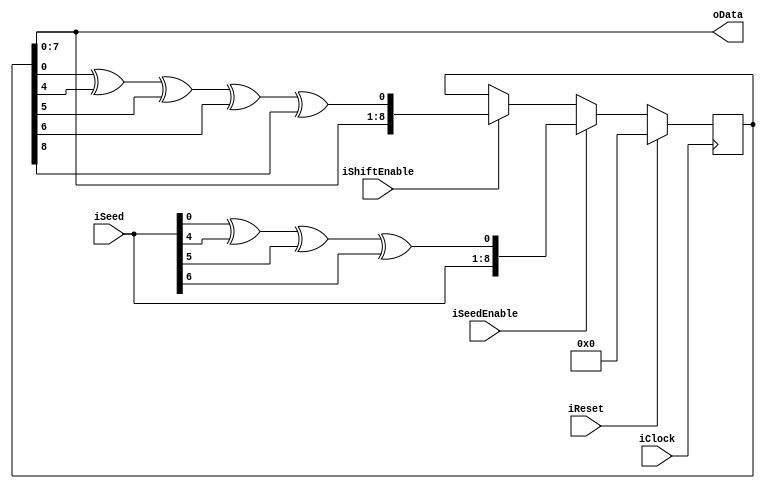
module LFSR8
(
    iClock          ,
    iReset          ,
    iSeed           ,
    iSeedEnable     ,
    iShiftEnable    ,
    oData
);

    input           iClock      ;
    input           iReset      ;
    input   [7:0]   iSeed       ;
    input           iSeedEnable ;
    input           iShiftEnable;
    output  [7:0]   oData       ;
    
    reg     [8:0]   rShiftReg   ;
    wire            wInfeed     ;
    
    always @ (posedge iClock)
        if (iReset)
            rShiftReg <= 9'b0;
        else if (iSeedEnable)
            rShiftReg <= {iSeed[7:0], wInfeed};
        else if (iShiftEnable)
            rShiftReg <= {rShiftReg[7:0], wFeedback};
    
    assign wFeedback = rShiftReg[0] ^ rShiftReg[4] ^ rShiftReg[5] ^ rShiftReg[6] ^ rShiftReg[8];
    assign wInfeed = iSeed[0] ^ iSeed[4] ^ iSeed[5] ^ iSeed[6];
    
    assign oData = rShiftReg[7:0];

endmodule